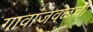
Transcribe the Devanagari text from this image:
गावांजवळची